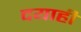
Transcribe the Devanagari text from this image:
दयाही